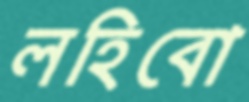
লহিবো